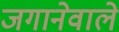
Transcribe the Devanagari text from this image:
जगानेवाले